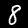
Digit: 8